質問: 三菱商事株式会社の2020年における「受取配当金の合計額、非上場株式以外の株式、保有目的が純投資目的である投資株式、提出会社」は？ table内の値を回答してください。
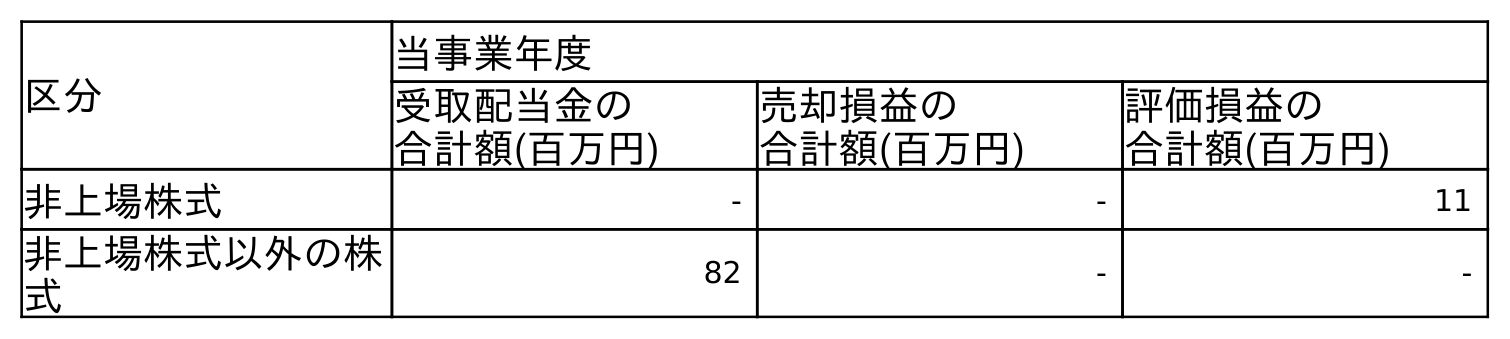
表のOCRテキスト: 区分 当事業年度 受取配当金の 合計額(百万円) 売却損益の 合計額(百万円) 評価損益の 合計額(百万円) 非上場株式 - - 11 非上場株式以外の株 式 82 - -
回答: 82